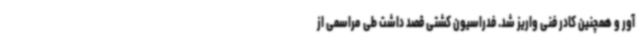
آور و همچنین کادر فنی واریز شد. فدراسیون کشتی قصد داشت طی مراسمی از